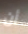
أن